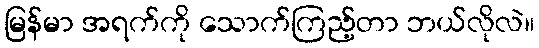
မြန်မာ အရက်ကို သောက်ကြည့်တာ ဘယ်လိုလဲ။